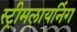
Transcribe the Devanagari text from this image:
स्ट्रीमलायनिंग